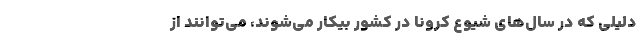
دلیلی که در سال‌های شیوع کرونا در کشور بیکار می‌شوند، می‌توانند از